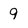
Character: 9